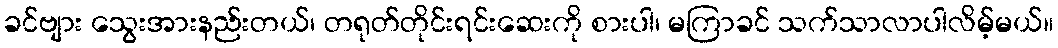
ခင်ဗျား သွေးအားနည်းတယ်၊ တရုတ်တိုင်းရင်းဆေးကို စားပါ၊ မကြာခင် သက်သာလာပါလိမ့်မယ်။